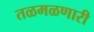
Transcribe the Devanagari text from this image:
तळमळणारी